Leaving Certificate Examination (including Day School Certificate (Higher) General paper), 1936
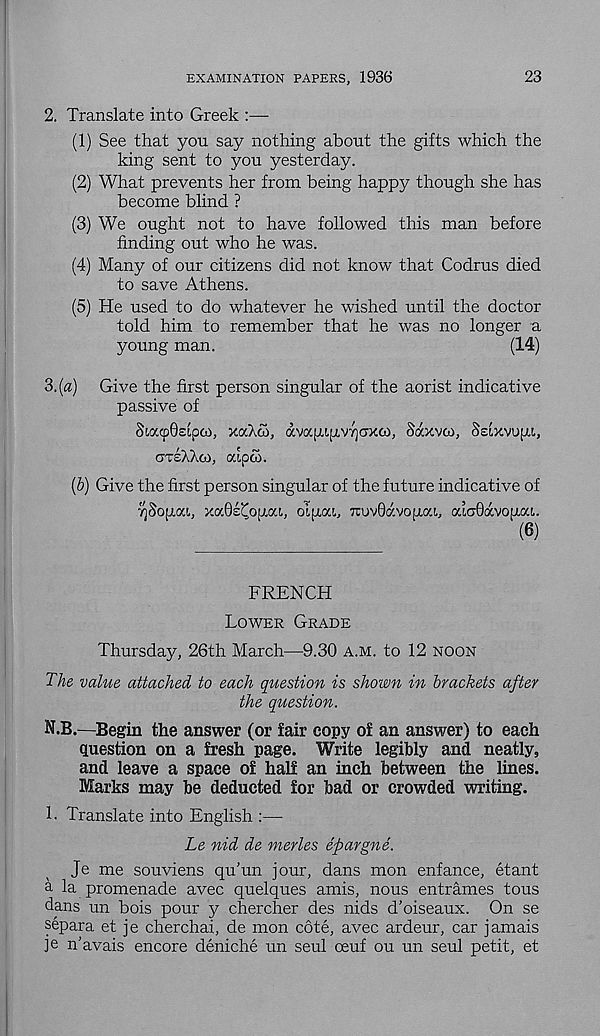
EXAMINATION PAPERS, 1936
23
2. Translate into Greek :—
(1) See that you say nothing about the gifts which the
king sent to you yesterday.
(2) What prevents her from being happy though she has
become blind ?
(3) We ought not to have followed this man before
finding out who he was.
(4) Many of our citizens did not know that Codrus died
to save Athens.
(5) He used to do whatever he wished until the doctor
told him to remember that he was no longer a
young man.
(14)
3. (a) Give the first person singular of the aorist indicative
passive of
Sia<p0elpco, xaXai, avafxipiVTjcrxco, Saxvco, SHxvupt,,
OTSAXCO, ocipco.
(b) Give the first person singular of the future indicative of
^Sopoa, xocOsllopm, oifxou, 7ruv0avofxou, aia0avojj.ai.
(6)
FRENCH
LOWER GRADE
Thursday, 26th March—9.30 A.M. to 12 NOON
The value attached to each question is shown in brackets after
the question.
N.B.—Begin the answer (or fair copy of an answer) to each
question on a fresh page. Write legibly and neatly,
and leave a space of half an inch between the lines.
Marks may be deducted for bad or crowded writing.
1. Translate into English :—
Le nid de merles epargne.
Je me souviens qu’un jour, dans mon enfance, etant
a la promenade avec quelques amis, nous entrames tous
dans un bois pour y chercher des nids d’oiseaux. On se
separa et je cherchai, de mon cote, avec ardeur, car jamais
je n'avais encore deniche un seul ceuf ou un seul petit, et